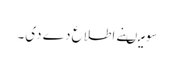
سو میںنے اطلاع دے دی۔